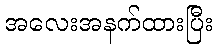
အလေးအနက်ထားပြီး